Materia medica of Madras volume I
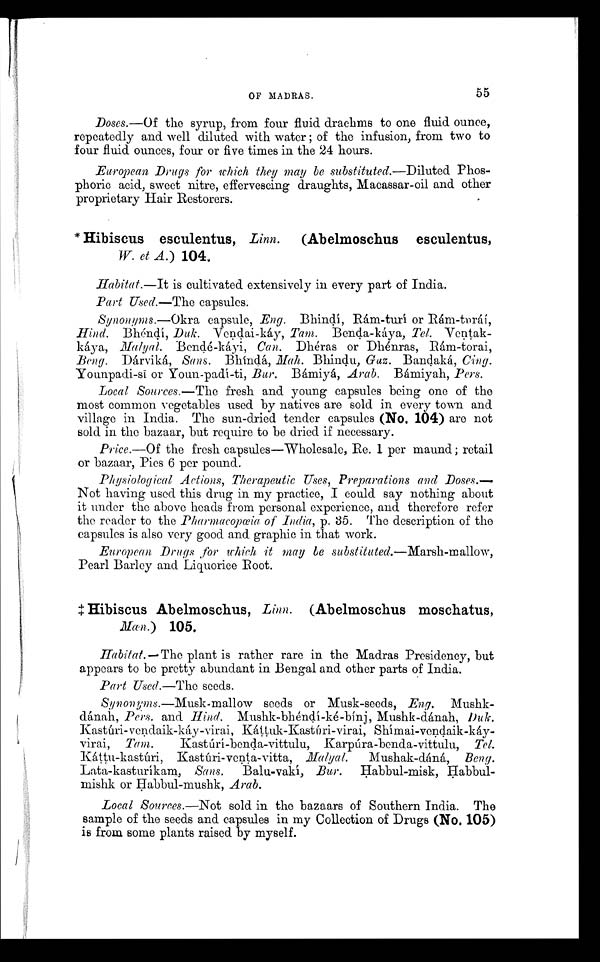
OF MADRAS.
55
Doses.—Of the syrup, from four fluid drachms to one fluid ounce,
repeatedly and well diluted with water of the infusion, from two to
four fluid ounces, four or five times in the 24 hours.
European Drugs for which they may be substituted.—Diluted Phos-
phoric acid, sweet nitre, effervescing draughts, Macassar-oil and other
proprietary Hair Restorers.
* Hibiscus esculentus, Linn. (Abelmoschus esculentus,
W. et A.) 104.
Habitat.—It is cultivated extensively in every part of India.
Part Used.—The capsules.
Synonyms.—Okra capsule, Eng. Bhindí, Rám-turí or Rám-tpráí,
Hind. Bhéndí, Duk. Vendai-káy, Tam. Benda-káya, Tel.
V e n t a k - K á y a , B e n d é - k á y i ,C
a n .
D h é r a s o r D h é n r a s , R á m - t o r a i ,
Beng. Dárviká, Sans. Bhíndá, Mah. Bhindu, Guz. Bandaká, Cing.
Younpadi-si or Youn-padí-ti, Bur. Bámiyá, Arab. Bámiyah, Pers.
Local Sources.—The fresh and young capsules being one of the
most common vegetables used by natives are sold in every town and
village in India. The sun-dried tender capsules (No. 104) are not
sold in the bazaar, but require to be dried if necessary.
Price.—Of the fresh capsules—Wholesale, Re. 1 per maund; retail
or bazaar, Pies 6 per pound.
Physiological Actions, Therapeutic Uses, Preparations and Doses.—
Not having used this drug in my practice, I could say nothing about
it under the above heads from personal experience, and therefore refer
the reader to the Pharmacopœia of India, p. 35. The description of the
capsules is also very good and graphic in that work.
European Drugs for which it may be substituted.—Marsh-mallow,
Pearl Barley and Liquorice Root.
Hibiscus Abelmoschus, Linn. (Abelmoschus moschatus,
Man.) 105.
Habitat.—The plant is rather rare in the Madras Presidency, but
appears to be pretty abundant in Bengal and other parts of India.
Part Used.—The seeds.
Synonyms.—Musk-mallow seeds or Musk-seeds, Eng.
Mushk-dánah, Pers. and Hind. Mushk-bhéndí-ké-bínj, Mushk-dánah, Duk.
Kastúri-vendaik-káy-virai, Káttuk-Kastúri-virai, Shímai-vendaik-káy-
virai, Tam. Kastúrí-benda-vittulu, Karpúra-benda-vittulu, Tel.
Káttu-kastùri, Kastúri-venta-vitta, Malyal Mushak-dáná, B e n g .
Lata-kasturíkam, Sans. Balu-vakí, Bur. Habbul-misk,
H a b b u l - m i s h k o r H a b b u l - m u s h k ,A
r a b .
Local Sources.—Not sold in the bazaars of Southern India. The
sample of the seeds and capsules in my Collection of Drugs (No. 105)
is from some plants raised by myself.